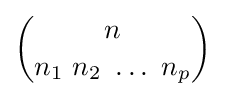
{\binom {n}{n_{1}\ n_{2}\ \dots \ n_{p}}}